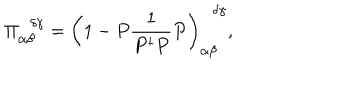
LaTeX: \Pi _ { \alpha \beta } ^ { \, \, \, \, \delta \gamma } = \left( 1 - P \frac { 1 } { P ^ { \dagger } P } P \right) _ { \alpha \beta } ^ { \, \, \, \, \delta \gamma } ,